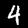
Digit: 4